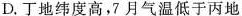
D.丁地纬度高，7月气温低于丙地